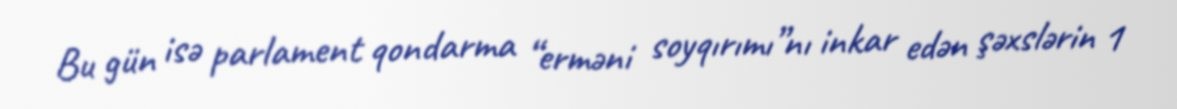
Bu gün isə parlament qondarma “erməni soyqırımı”nı inkar edən şəxslərin 1